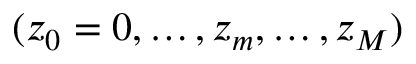
( z _ { 0 } = 0 , \ldots , z _ { m } , \ldots , z _ { M } )